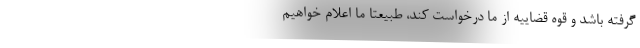
گرفته باشد و قوه قضاییه از ما درخواست کند، طبیعتاً ما اعلام خواهیم